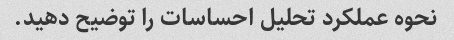
نحوه عملکرد تحلیل احساسات را توضیح دهید.